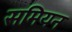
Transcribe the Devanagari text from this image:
समियन